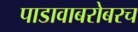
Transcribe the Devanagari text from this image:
पाडावाबरोबरच